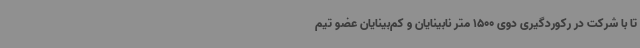
تا با شرکت در رکوردگیری دوی 1500 متر نابینایان و کم‌بینایان عضو تیم